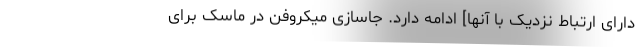
دارای ارتباط نزدیک با آنها] ادامه دارد. جاسازی میکروفن در ماسک برای